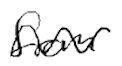
Text: from
Cross-out: wave
Writing tool: digital_black